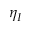
\eta _ { I }